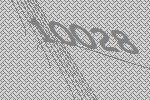
10028